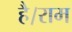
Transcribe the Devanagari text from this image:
है।राम